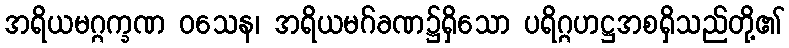
အရိယမဂ္ဂက္ခဏ ဝသေန၊ အရိယမဂ်ခဏ၌ရှိသော ပရိဂ္ဂဟဋ္ဌအစရှိသည်တို့၏